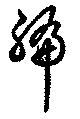
編